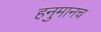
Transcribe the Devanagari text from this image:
हनुमानच